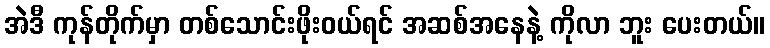
အဲဒီ ကုန်တိုက်မှာ တစ်သောင်းဖိုးဝယ်ရင် အဆစ်အနေနဲ့ ကိုလာ ဘူး ပေးတယ်။